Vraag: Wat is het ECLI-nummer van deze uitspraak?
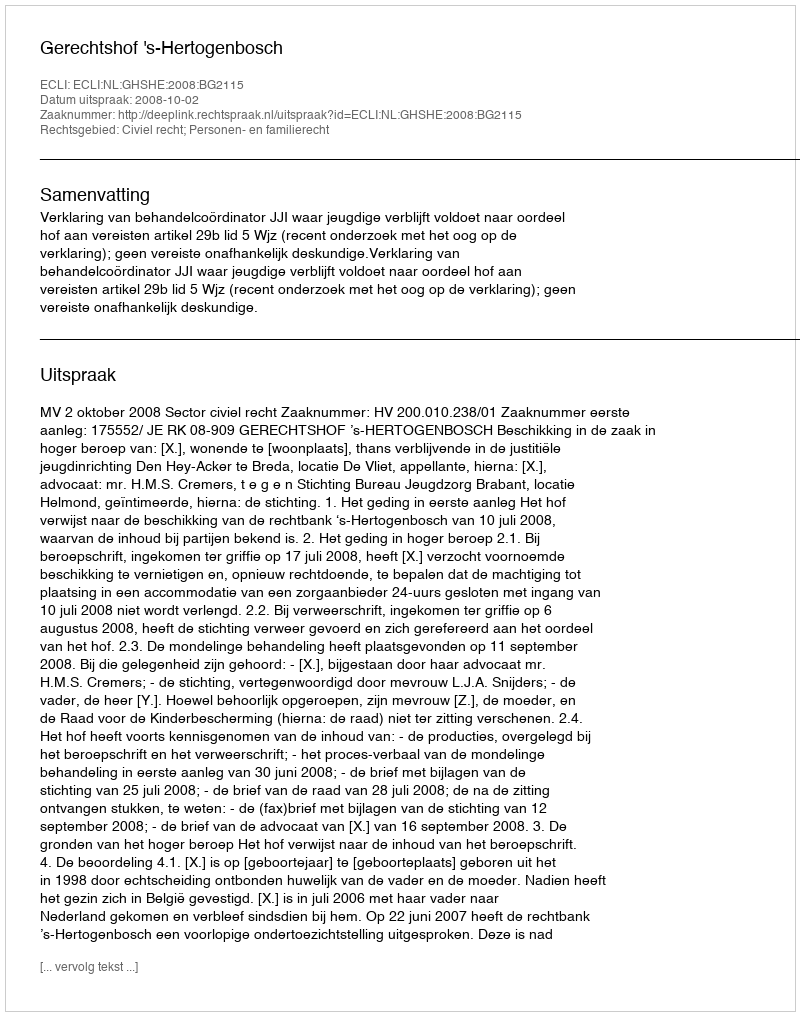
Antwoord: ECLI:NL:GHSHE:2008:BG2115